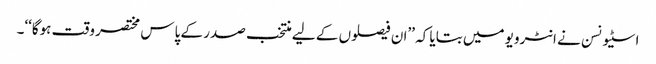
اسٹیونسن نے انٹرویو میں بتایا کہ ’’ان فیصلوں کے لیے منتخب صدر کے پاس مختصر وقت ہوگا‘‘۔